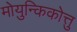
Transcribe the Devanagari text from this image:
मोयुन्किकोत्तु